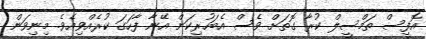
އޮފީސް ތަމްސީލް ކުރާ ގޮތަށް ވެސް އެބަހުރިކަން އޭނާ ފާހަގަ ކުރެއްވިއެވެ. މިނިވަން